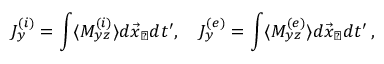
J _ { y } ^ { ( i ) } = \int \langle M _ { y z } ^ { ( i ) } \rangle d \vec { x } _ { \perp } d t ^ { \prime } , \quad J _ { y } ^ { ( e ) } = \int \langle M _ { y z } ^ { ( e ) } \rangle d \vec { x } _ { \perp } d t ^ { \prime } \, ,